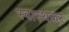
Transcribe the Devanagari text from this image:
स्वास्थकर